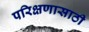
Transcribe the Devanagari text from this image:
परिक्षणासाठी